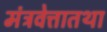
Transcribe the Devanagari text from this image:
मंत्रवेत्तातथा